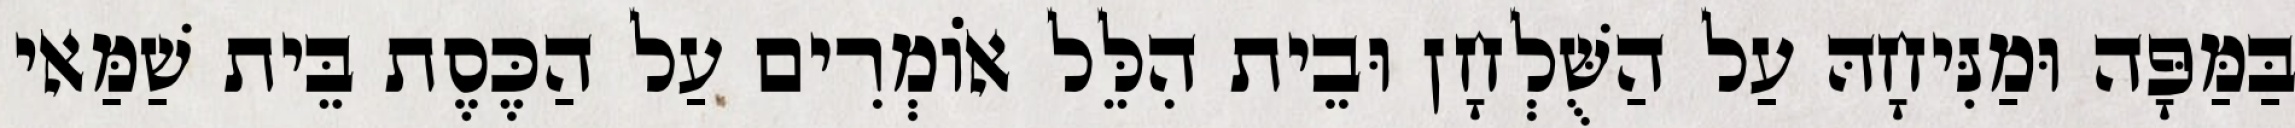
בַּמַּפָּה וּמַנִּיחָהּ עַל הַשֻּׁלְחָן וּבֵית הִלֵּל אוֹמְרִים עַל הַכֶּסֶת בֵּית שַׁמַּאי